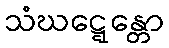
သံဃဋ္ဋေန္တော